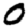
Digit: 0